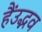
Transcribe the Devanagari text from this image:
हैंउद्भव